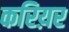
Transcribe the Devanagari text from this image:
करिय़र